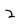
Character: 2